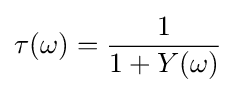
\tau (\omega )={\frac {1}{1+Y(\omega )}}